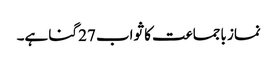
نماز باجماعت کا ثواب 27 گنا ہے۔